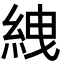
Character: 絏